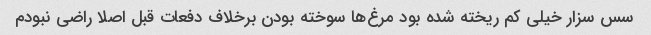
سس سزار خیلی کم ریخته شده بود مرغ‌ها سوخته بودن برخلاف دفعات قبل اصلا راضی نبودم